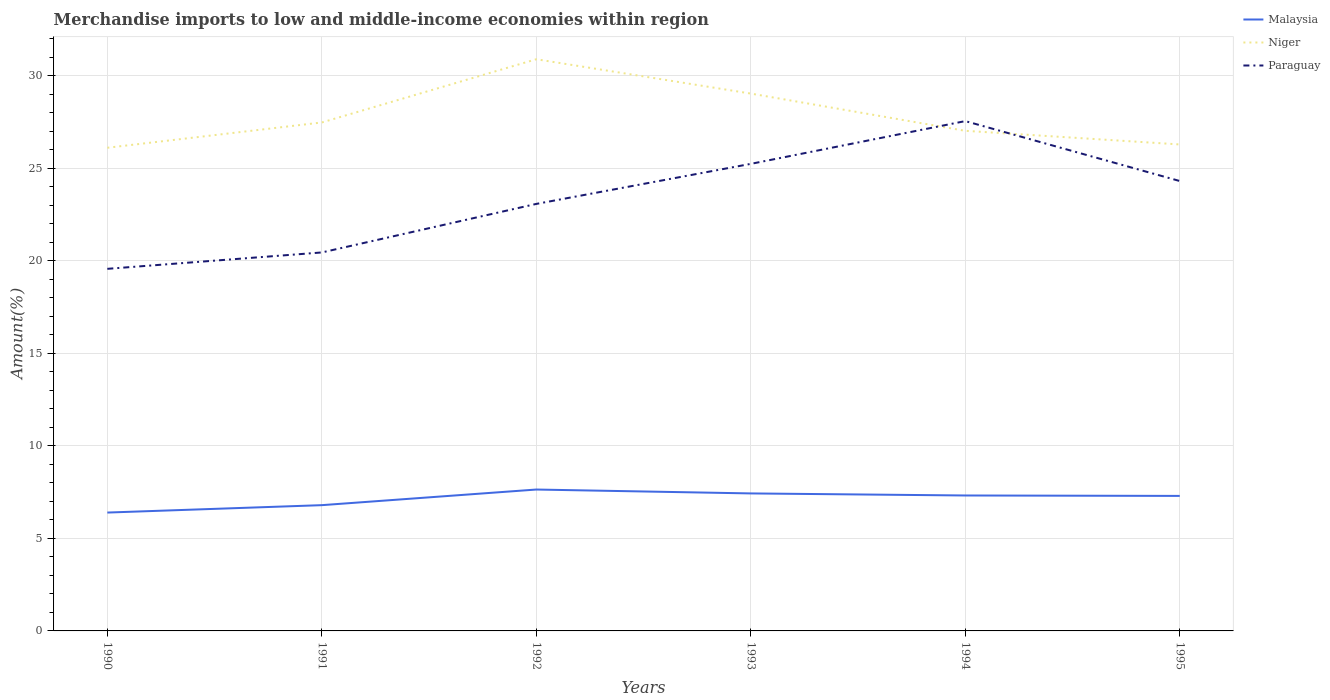
| Years | Malaysia | Niger | Paraguay |
 | --- | --- | --- | --- |
 | 1990 | 6.4 | 26.1 | 19.6 |
 | 1991 | 6.8 | 27.5 | 20.4 |
 | 1992 | 7.64 | 30.9 | 23.1 |
 | 1993 | 7.43 | 29 | 25.2 |
 | 1994 | 7.32 | 27 | 27.5 |
 | 1995 | 7.3 | 26.3 | 24.3 |